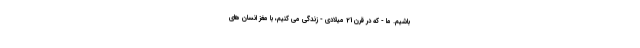
باشیم. ما - که در قرن 21 میلادی - زندگی می کنیم، با مغز انسان های